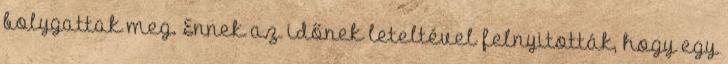
bolygattak meg. Ennek az időnek leteltével felnyitották, hogy egy